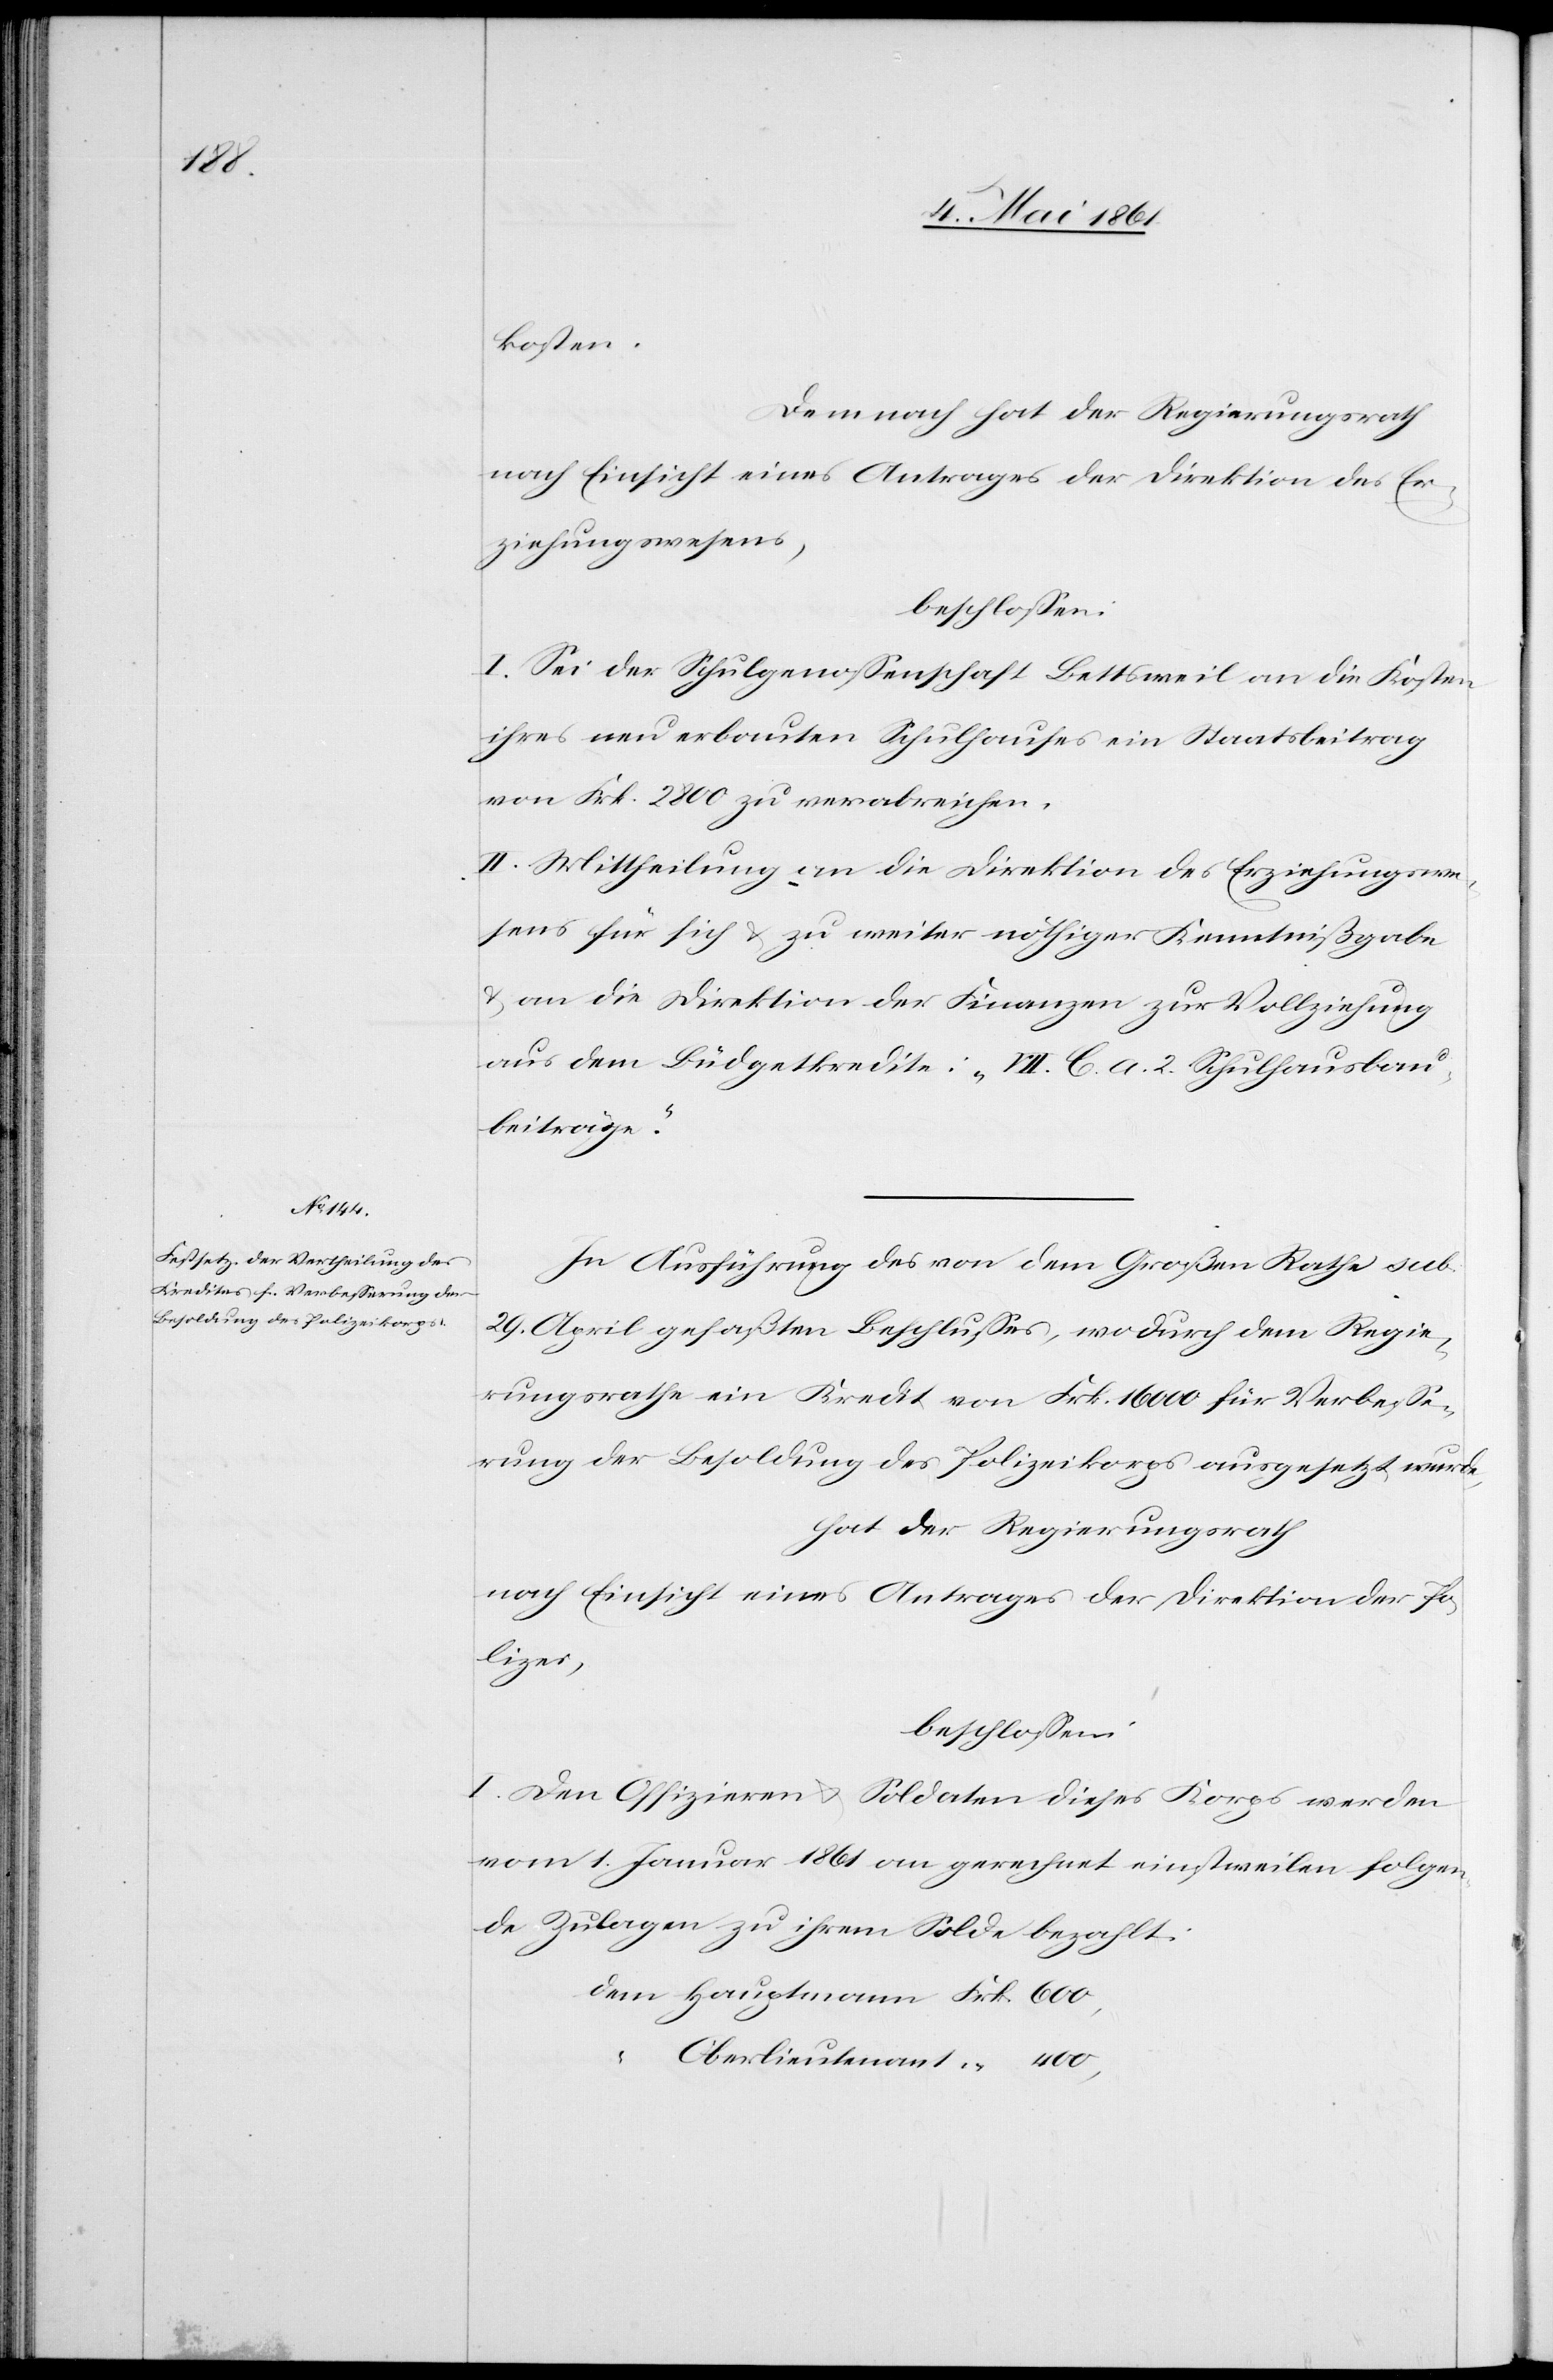
600

kosten.
Demnach hat der Regierungsrath
nach Einsicht eines Antrages der Direktion des Er¬
ziehungswesens,
beschlossen.
I. Sei der Schulgenossenschaft Bettsweil an die Kosten
ihres neu erbauten Schulhauses ein Staatsbeitrag
von Frk. 2800 zu verabreichen.
II. Mittheilung an die Direktion des Erziehungswe¬
sen für sich und zu weiter nöthiger Kenntnißgabe
u. an die Direktion der Finanzen zur Vollziehung
aus dem Büdgetkredite: „VII C a 2. Schulhausbau¬
beiträge.“
In Ausführung des von dem Großen Rathe sub.
29. April gefaßten Beschlusses, wodurch dem Regie¬
rungsrathe ein Kredit von Frk. 16 000 für Verbesse¬
rung der Besoldung des Polizeikorps ausgesetzt wurde,
hat der Regierungsrath
nach Einsicht eines Antrages der Direktion der Po¬
lizei,
beschlossen:
I. Den Offizieren u. Soldaten dieses Korps werden
vom 1. Januar 1861 an gerechnet einstweilen folgen¬
de Zulagen zu ihrem Solde bezahlt:
Oberlieutenant